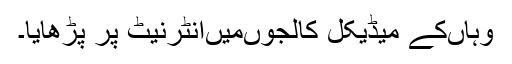
وہاں‌کے میڈیکل کالجوں‌میں‌انٹرنیٹ پر پڑھایا۔